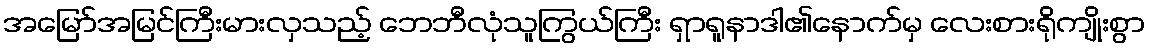
အမြော်အမြင်ကြီးမားလှသည့် ဘေဘီလုံသူကြွယ်ကြီး ရှာရူနာဒါ၏နောက်မှ လေးစားရိုကျိုးစွာ